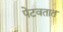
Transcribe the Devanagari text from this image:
पेटवतात